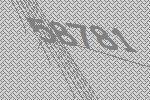
58781